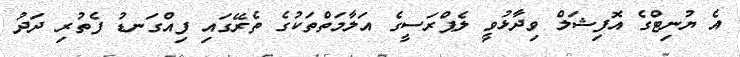
އެ ޔުނިޓްގެ އޮފިޝަލް ވިދާޅުވީ ލެޕްރަސީގެ އަލާމަތްތަކުގެ ތެރޭގައި ފިއްގަނޑު ފެތުރި ދަދު